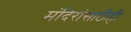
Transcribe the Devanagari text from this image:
मंदिरांसाठीही